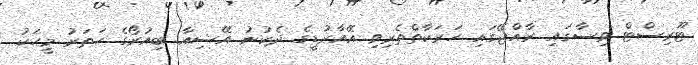
ޓޫރިސްޓް ވިސާގައި ރާއްޖޭގައި ހަރަކާތްތެރިވި އޭއާރުޑީގެ ދެކުނު އޭޝިއާ ބިއުރޯގެ ހަތަރު މީހަކު